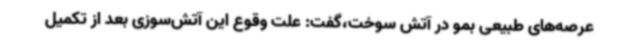
عرصه‌های طبیعی بمو در آتش سوخت،گفت: علت وقوع این آتش‌سوزی بعد از تکمیل